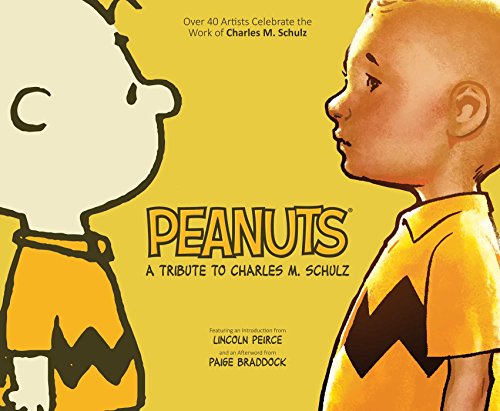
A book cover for Peanuts: A Tribute to Charles M. Schulz; Charles M Schulz; Comics & Graphic Novels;